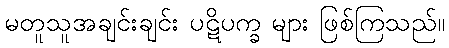
မတူသူအချင်းချင်း ပဋိပက္ခ များ ဖြစ်ကြသည်။